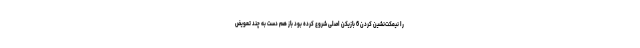
را نیمکت‌نشین کردن 6 بازیکن اصلی شروع کرده بود باز هم دست به چند تعویض